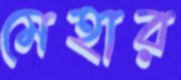
মেহার